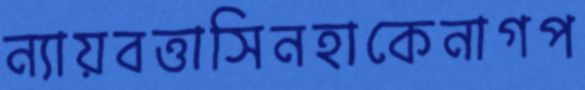
ন্যায়বত্তাসিনহাকেনাগপ